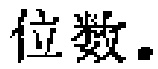
位数.